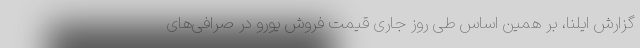
گزارش ایلنا، بر همین‌ اساس طی روز جاری قیمت فروش یورو در صرافی‌های